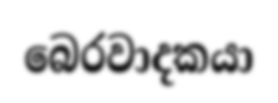
බෙරවාදකයා